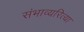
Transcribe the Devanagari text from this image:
संभाव्यरित्या